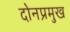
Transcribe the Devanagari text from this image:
दोनप्रमुख